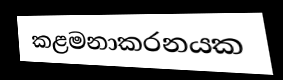
කළමනාකරනයක